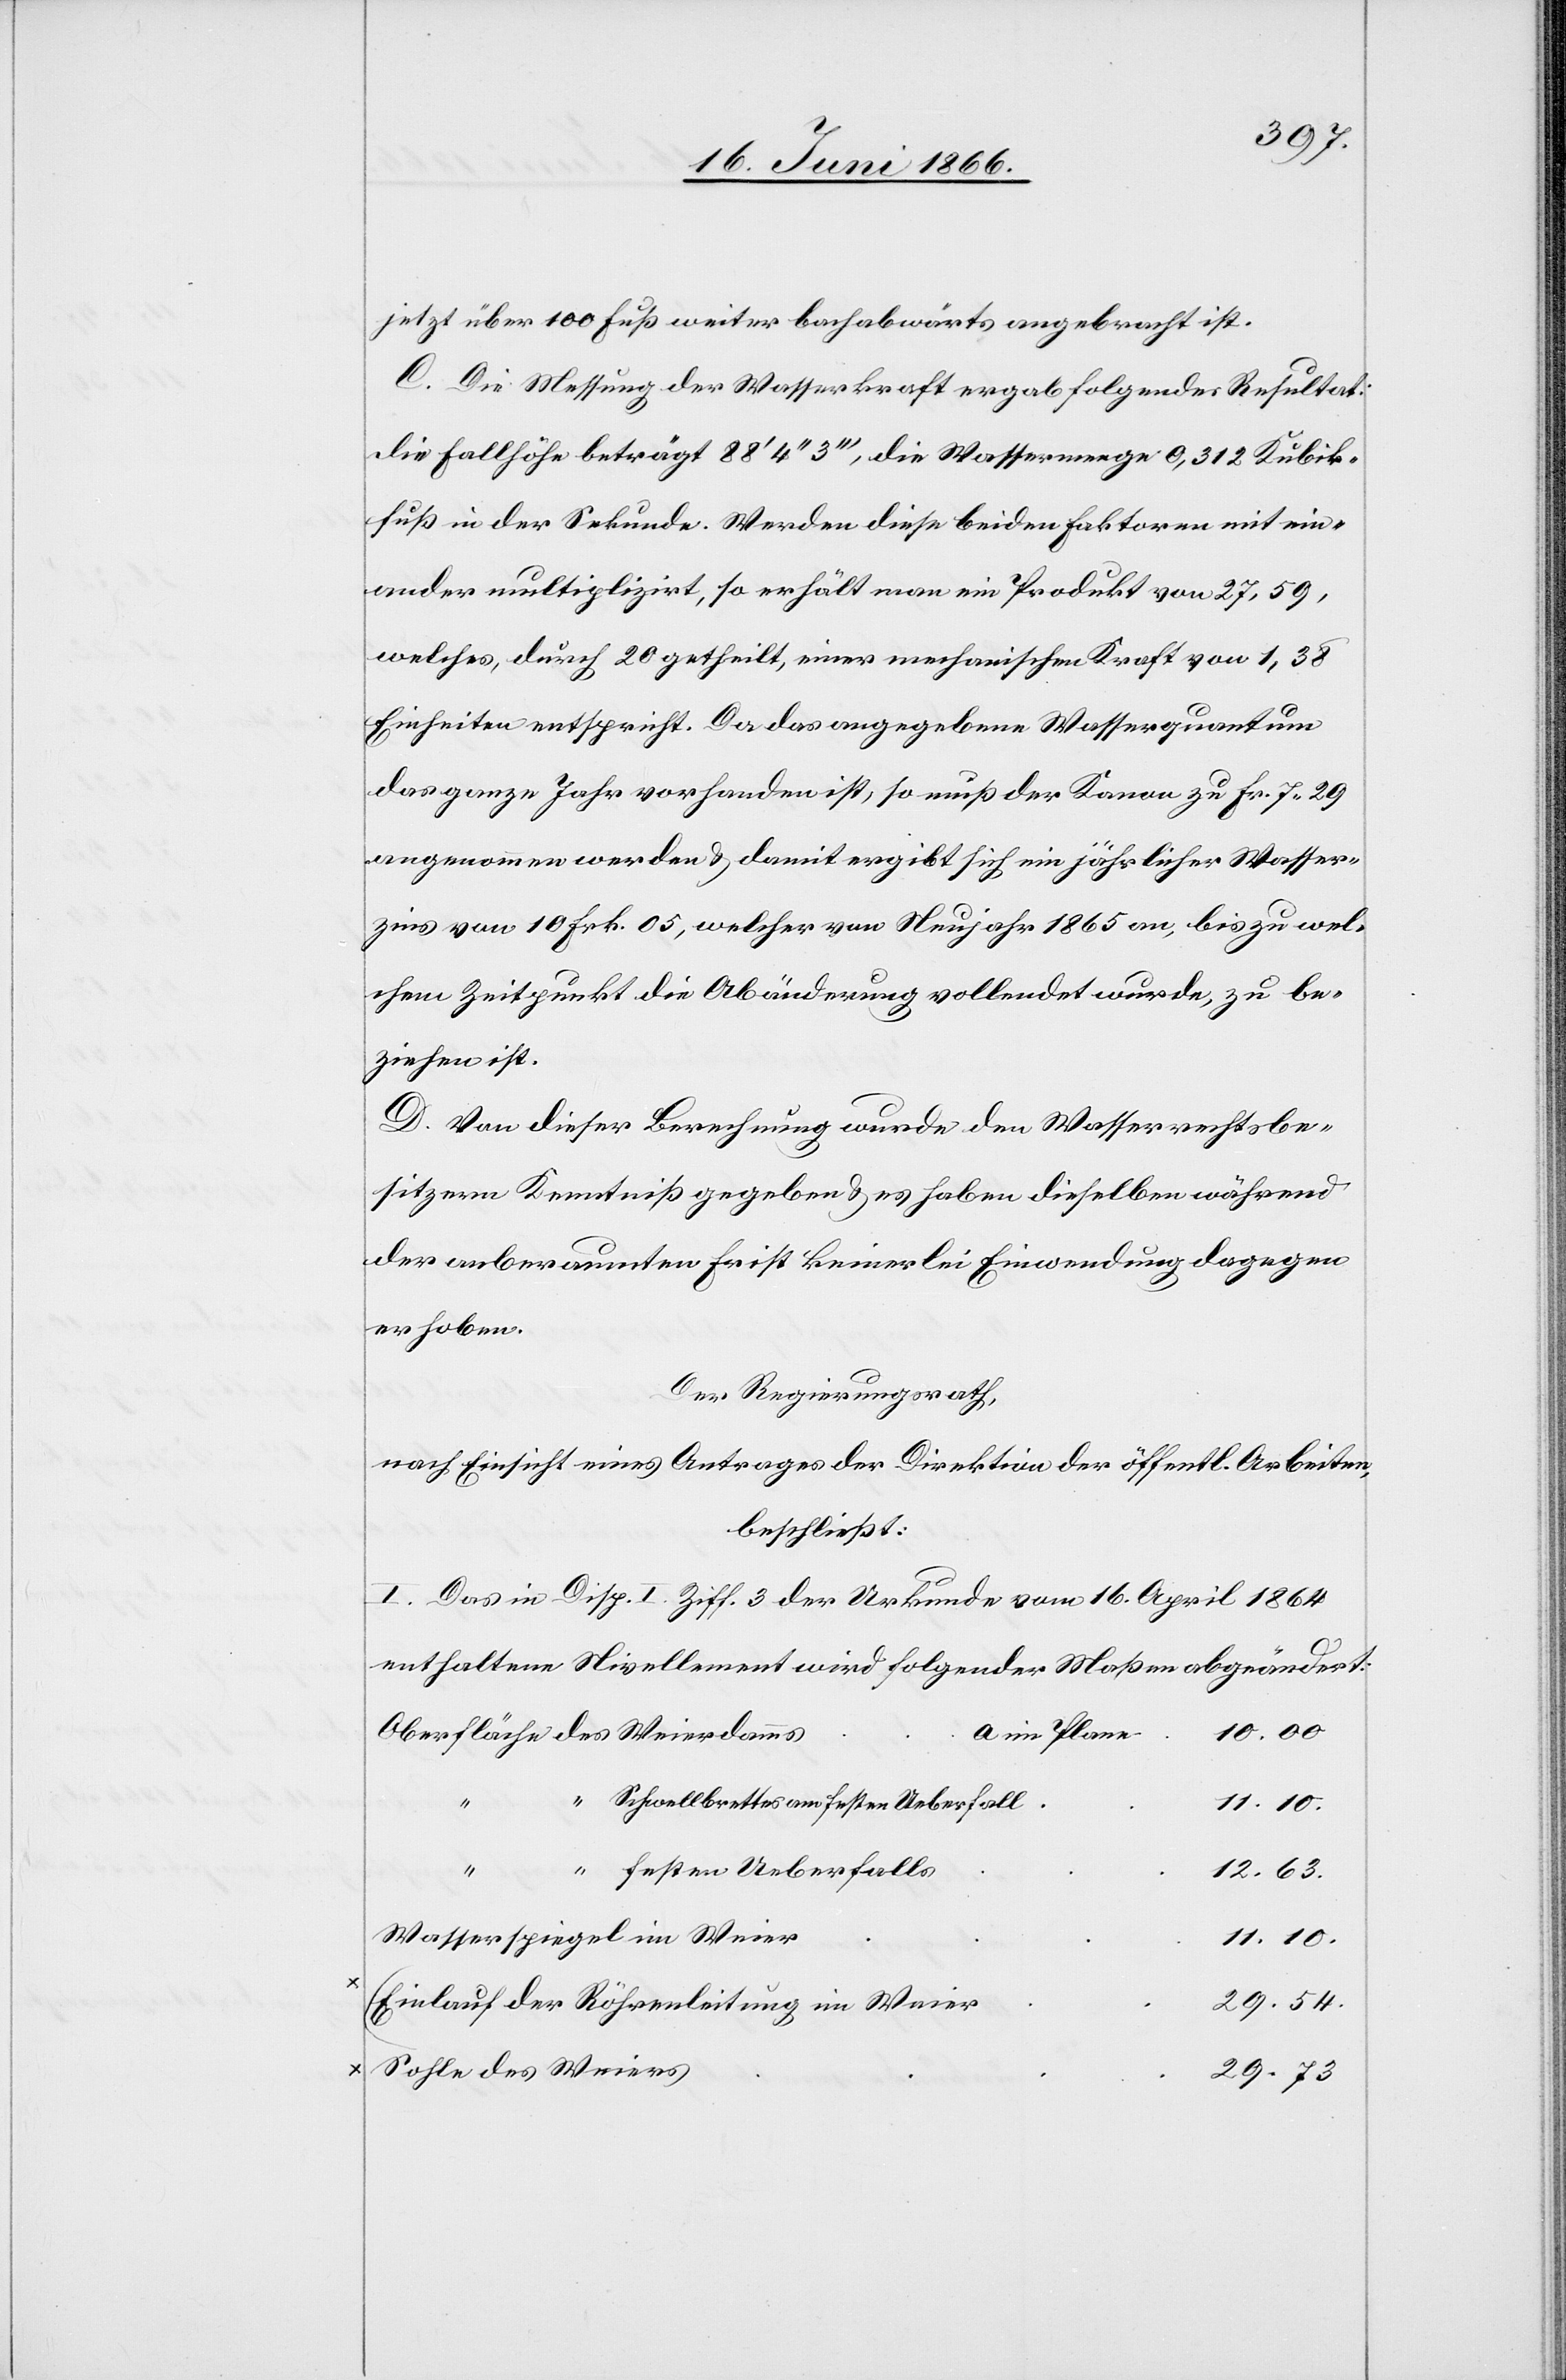
jetzt über 100 Fuß weiter bachabwärts angebracht ist.
C. Die Messung der Wasserkraft ergab folgendes Resultat:
die Fallhöhe beträgt 88‘ 4‘‘ 3‘‘‘, die Wassermenge 0,312 Kubik¬
fuß in der Sekunde. Werden diese beiden Faktoren mit ein¬
ander multiplizirt, so erhält man ein Produkt von 27.59,
welches durch 20 getheilt, einer mechanischen Kraft von 1.38
Einheiten entspricht. Da das angegebene Wasserquantum
das ganze Jahr vorhanden ist, so muß der Kanon zu Fr. 7.29
angenommen werden u. damit ergibt sich ein jährlicher Wasser¬
zins von 10 Frk. 05, welcher vom Neujahr 1865 an, bis zu wel¬
chem Zeitpunkte die Abänderung vollendet wurde, zu be¬
ziehen ist.
D. Von dieser Berechnung wurde den Wasserrechtsbe¬
sitzern Kenntniß gegeben, u. es haben dieselben während
der anberaumten Frist keinerlei Einwendung dagegen
erhoben.
Der Regierungsrath,
nach Einsicht eines Antrages der Direktion der öffentl. Arbeiten,
beschließt:
I. Das in Disp. I Ziff. 3 der Urkunde vom 16. April 1864
enthaltene Nivellement wird folgender Maßen abgeändert:
10.00.
a im Plane
Schwellbrettes am festen Ueberfall
11.10.
festen Ueberfalls
12.63.
Wasserspiegel im Weier
11.10.
29.54.
Einlauf der Röhrenleitung im Weier
Sohle des Weiers
29.73.